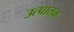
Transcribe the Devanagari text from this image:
उत्पातक